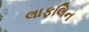
લાફલિન